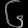
Digit: ၆